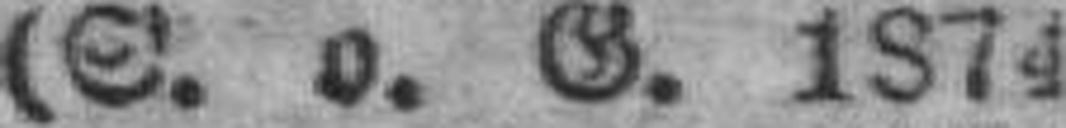
(S. o. G. 1874